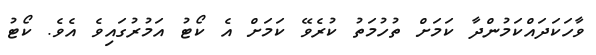
ވާހަކަދައްކަމުންދާ ކަމަށް ތުހުމަތު ކުރެވޭ ކަމަށް އެ ކޯޓު އަމުރުގައިވެ އެވެ. ކޯޓު